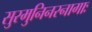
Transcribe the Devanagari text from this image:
सुरमुनिनरनागाः